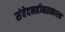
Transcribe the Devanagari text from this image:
संवेदनहीनताकारक